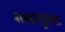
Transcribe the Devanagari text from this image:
बल्लारपूरच्या